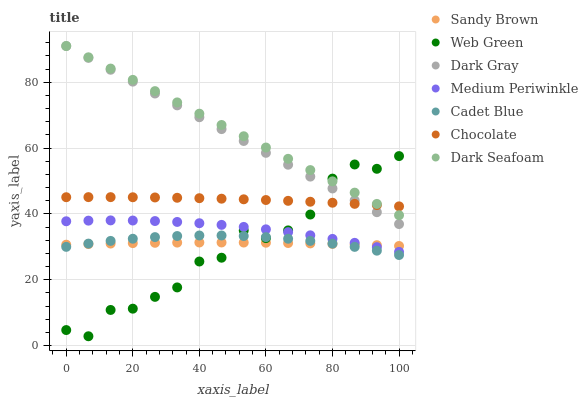
| xaxis_label | Sandy Brown | Web Green | Dark Gray | Medium Periwinkle | Cadet Blue | Chocolate | Dark Seafoam |
 | --- | --- | --- | --- | --- | --- | --- | --- |
 | 0 | 30.7 | 4.73 | 91 | 37.8 | 30 | 45.1 | 91 |
 | 6.67 | 30.8 | 2.85 | 87.4 | 38 | 31 | 45.1 | 87.6 |
 | 13.3 | 31 | 10.8 | 83.8 | 38 | 31.8 | 45.1 | 84.1 |
 | 20 | 31.1 | 11.2 | 80.2 | 38 | 32.5 | 45.1 | 80.7 |
 | 26.7 | 31.2 | 14.8 | 76.6 | 37.8 | 33 | 45 | 77.3 |
 | 33.3 | 31.3 | 17.7 | 73 | 37.6 | 33.3 | 44.9 | 73.9 |
 | 40 | 31.3 | 25.5 | 69.4 | 37.2 | 33.5 | 44.8 | 70.4 |
 | 46.7 | 31.3 | 26.7 | 65.8 | 36.7 | 33.5 | 44.6 | 67 |
 | 53.3 | 31.3 | 35 | 62.2 | 36.1 | 33.3 | 44.4 | 63.6 |
 | 60 | 31.3 | 32.7 | 58.6 | 35.3 | 33 | 44.2 | 60.2 |
 | 66.7 | 31.2 | 35 | 54.9 | 34.5 | 32.5 | 44 | 56.7 |
 | 73.3 | 31 | 39.8 | 51.3 | 33.5 | 31.8 | 43.7 | 53.3 |
 | 80 | 30.9 | 50.7 | 47.7 | 32.4 | 31 | 43.4 | 49.9 |
 | 86.7 | 30.7 | 55 | 44.1 | 31.2 | 30 | 43.1 | 46.5 |
 | 93.3 | 30.5 | 53.7 | 40.5 | 29.9 | 28.8 | 42.7 | 43 |
 | 100 | 30.3 | 57.6 | 36.9 | 28.5 | 27.5 | 42.3 | 39.6 |